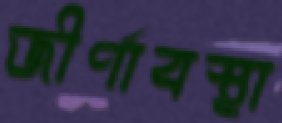
জীর্ণাবস্থা